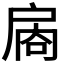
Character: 𪭙